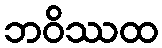
ဘဝိဿထ